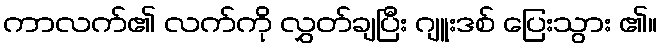
ကာလက်၏ လက်ကို လွှတ်ချပြီး ဂျူးဒစ် ပြေးသွား ၏။